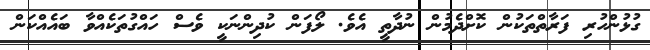
ގުޅުންހުރި ފަރާތްތަކުން ކޮށްދެމުން ނުދާތީ އެވެ. ލޯފަން ކުދިންނަކީ ވެސް ހައްގުތަކެއްވާ ބައެއްކަން